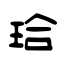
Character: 珨